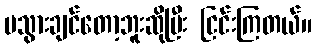
မသွားချင်တော့ဘူးဆိုပြီး ငြင်းကြတယ်။